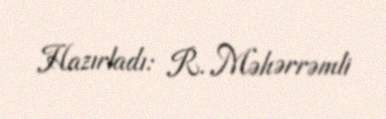
Hazırladı: R. Məhərrəmli